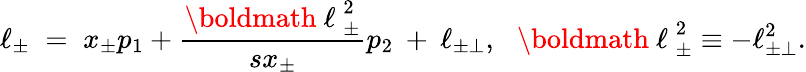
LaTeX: \ell_{\pm}\; =\; x_{\pm}p_{1}+\frac{\mathrm{\boldmath~\ell~}_{\pm}^{2}}{sx_{\pm}}p_{2}\: +\: \ell_{\pm\perp},\: \: \: \mathrm{\boldmath~\ell~}_{\pm}^{2}\equiv-\ell_{\pm\perp}^{2}.